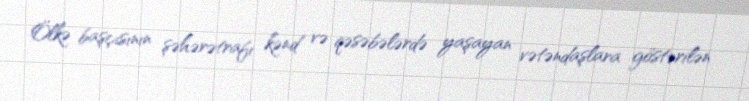
Ölkə başçısının şəhərətrafı kənd və qəsəbələrdə yaşayan vətəndaşlara göstərilən